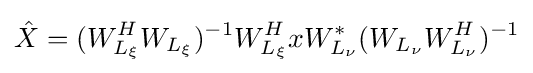
{\hat {X}}=(W_{L_{\xi }}^{H}W_{L_{\xi }})^{-1}W_{L_{\xi }}^{H}xW_{L_{\nu }}^{*}(W_{L_{\nu }}W_{L_{\nu }}^{H})^{-1}